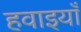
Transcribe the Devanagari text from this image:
हवाइयाँ